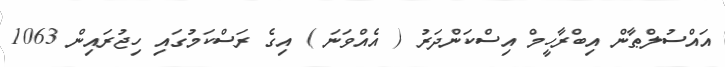
އައްސުލްޠާން އިބްރާހީމް އިސްކަންދަރު ( އެއްވަނަ ) އިގެ ރަސްކަމުގައި ހިޖުރައިން 1063